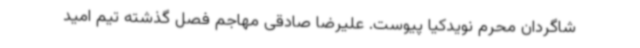
شاگردان محرم نویدکیا پیوست. علیرضا صادقی مهاجم فصل گذشته تیم امید